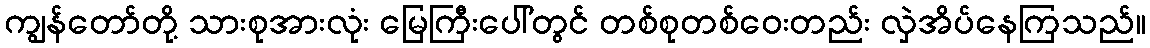
ကျွန်တော်တို့ သားစုအားလုံး မြေကြီးပေါ်တွင် တစ်စုတစ်ဝေးတည်း လှဲအိပ်နေကြသည်။